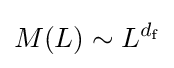
M(L)\sim L^{d_{\text{f}}}\,\!